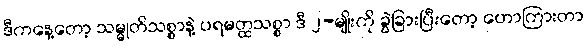
ဒီကနေ့တော့ သမ္မုတိသစ္စာနဲ့ ပရမတ္ထသစ္စာ ဒီ ၂-မျိုးကို ခွဲခြားပြီးတော့ ဟောကြားတာ